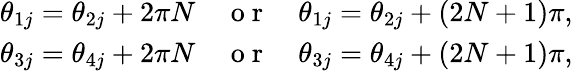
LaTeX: \begin{array}{r}{\theta_{1j}=\theta_{2j}+2\pi N\quad\mathrm{~o~r~}\quad\theta_{1j}=\theta_{2j}+(2N+1)\pi,}\\ {\theta_{3j}=\theta_{4j}+2\pi N\quad\mathrm{~o~r~}\quad\theta_{3j}=\theta_{4j}+(2N+1)\pi,}\end{array}